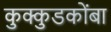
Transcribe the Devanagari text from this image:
कुक्कुडकोंबा